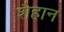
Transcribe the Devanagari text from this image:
शैहान